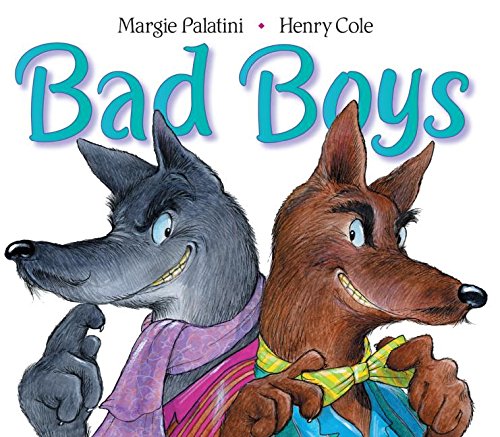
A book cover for Bad Boys; Margie Palatini; Children's Books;